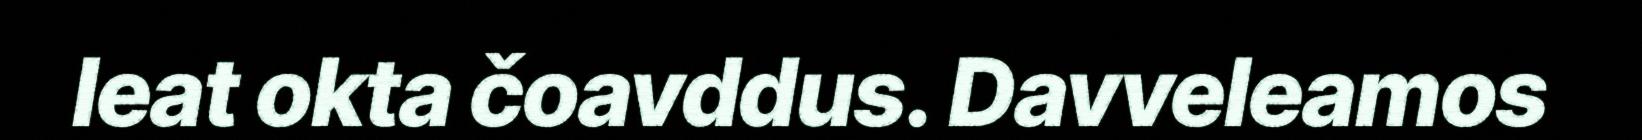
leat okta čoavddus. Davveleamos